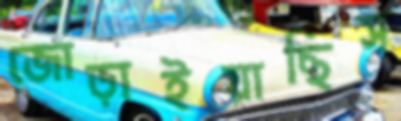
জোড়াইয়াছিস